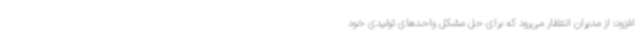
افزود: از مدیران انتظار می‌رود که برای حل مشکل واحدهای تولیدی خود